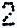
2